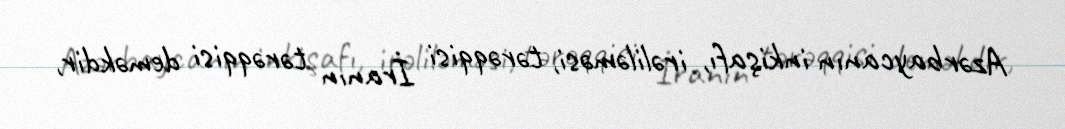
Azərbaycanın inkişafı, irəliləməsi, tərəqqisi İranın tərəqqisi deməkdir,